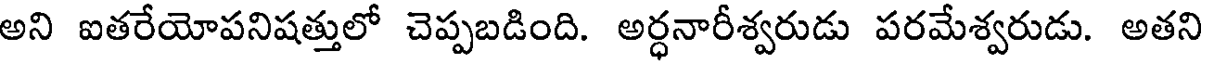
అని ఐతరేయోపనిషత్తులో చెప్పబడింది. అర్ధనారీశ్వరుడు పరమేశ్వరుడు. అతని